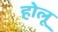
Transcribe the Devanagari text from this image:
होलू